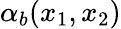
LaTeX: \alpha_{b}(x_{1},x_{2})